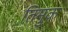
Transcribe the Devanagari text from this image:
तिमुक